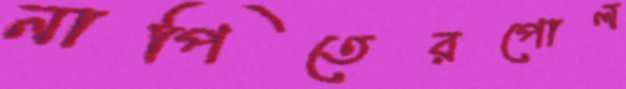
নাপিতেরপোল